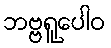
ဘဗ္ဗရူပေါဝ